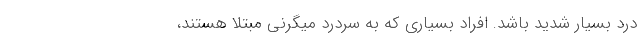
درد بسیار شدید باشد. افراد بسیاری که به سردرد میگرنی مبتلا هستند،